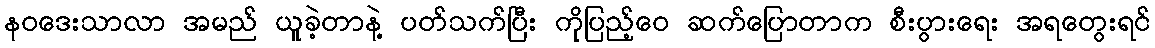
နဝဒေးသာလာ အမည် ယူခဲ့တာနဲ့ ပတ်သက်ပြီး ကိုပြည့်ဝေ ဆက်ပြောတာက စီးပွားရေး အရတွေးရင်